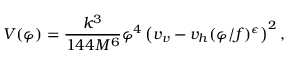
V ( \varphi ) = \frac { k ^ { 3 } } { 1 4 4 M ^ { 6 } } \varphi ^ { 4 } \left( v _ { v } - v _ { h } ( \varphi / f ) ^ { \epsilon } \right) ^ { 2 } ,